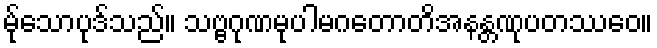
မု်သောပုဒ်သည်။ သဗ္ဗဂုဏမုပါမဂတောတိအနန္တဏုပတဿေဝ။